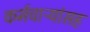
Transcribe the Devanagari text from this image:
कर्मचाऱ्यांसह